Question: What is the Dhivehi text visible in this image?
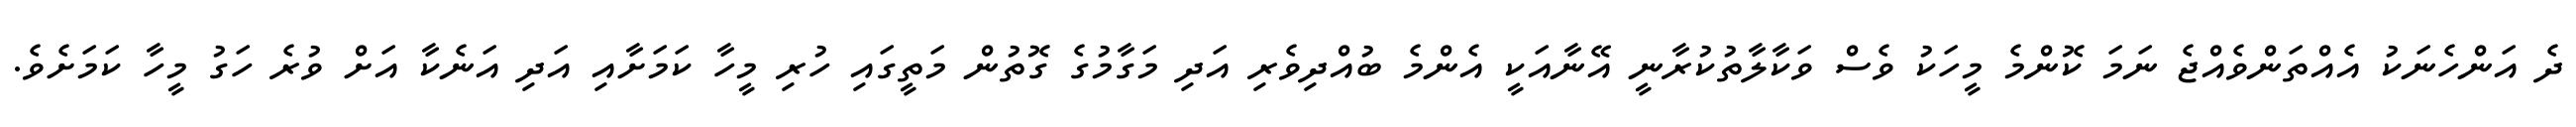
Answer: ދެ އަންހެނަކު އެއްތަންވެއްޖެ ނަމަ ކޮންމެ މީހަކު ވެސް ވަކާލާތުކުރާނީ އޭނާއަކީ އެންމެ ބުއްދިވެރި އަދި މަގާމުގެ ގޮތުން މަތީގައި ހުރި މީހާ ކަމަށާއި އަދި އަނެކާ އަށް ވުރެ ހަގު މީހާ ކަމަށެވެ.